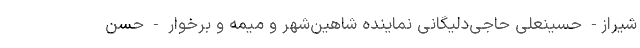
شیراز- حسینعلی حاجی‌دلیگانی نماینده شاهین‌شهر و میمه و برخوار - حسن